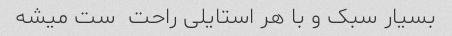
بسیار سبک و با هر استایلی راحت  ست میشه